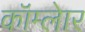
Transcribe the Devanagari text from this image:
कॉम्लेार